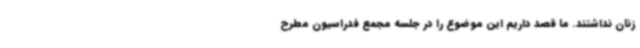
زنان نداشتند. ما قصد داریم این موضوع را در جلسه مجمع فدراسیون مطرح